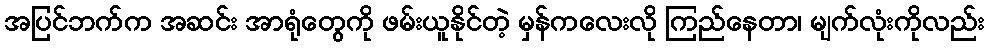
အပြင်ဘက်က အဆင်း အာရုံတွေကို ဖမ်းယူနိုင်တဲ့ မှန်ကလေးလို ကြည်နေတာ၊ မျက်လုံးကိုလည်း